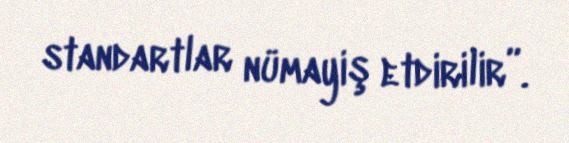
standartlar nümayiş etdirilir”.